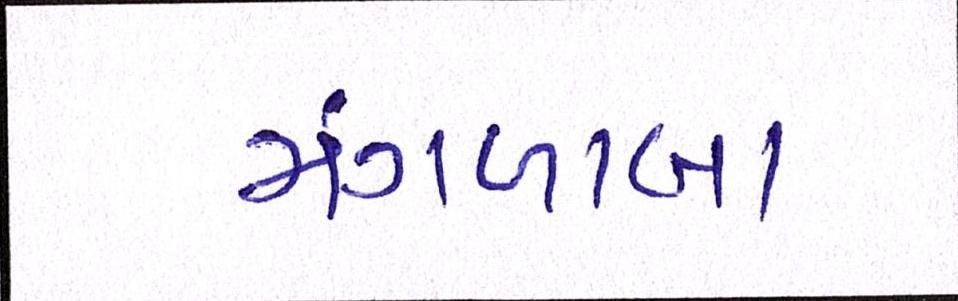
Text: મંગળાબા